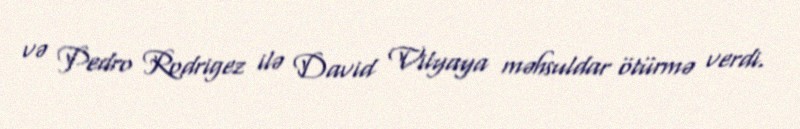
və Pedro Rodrigez ilə David Vilyaya məhsuldar ötürmə verdi.